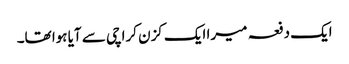
ایک دفعہ میرا ایک کزن کراچی سے آیا ہوا تھا۔